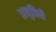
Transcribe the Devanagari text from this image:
अनुप्रिती